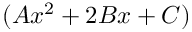
( A x ^ { 2 } + 2 B x + C )